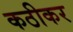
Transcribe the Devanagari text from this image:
कठीकर